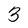
Character: 3